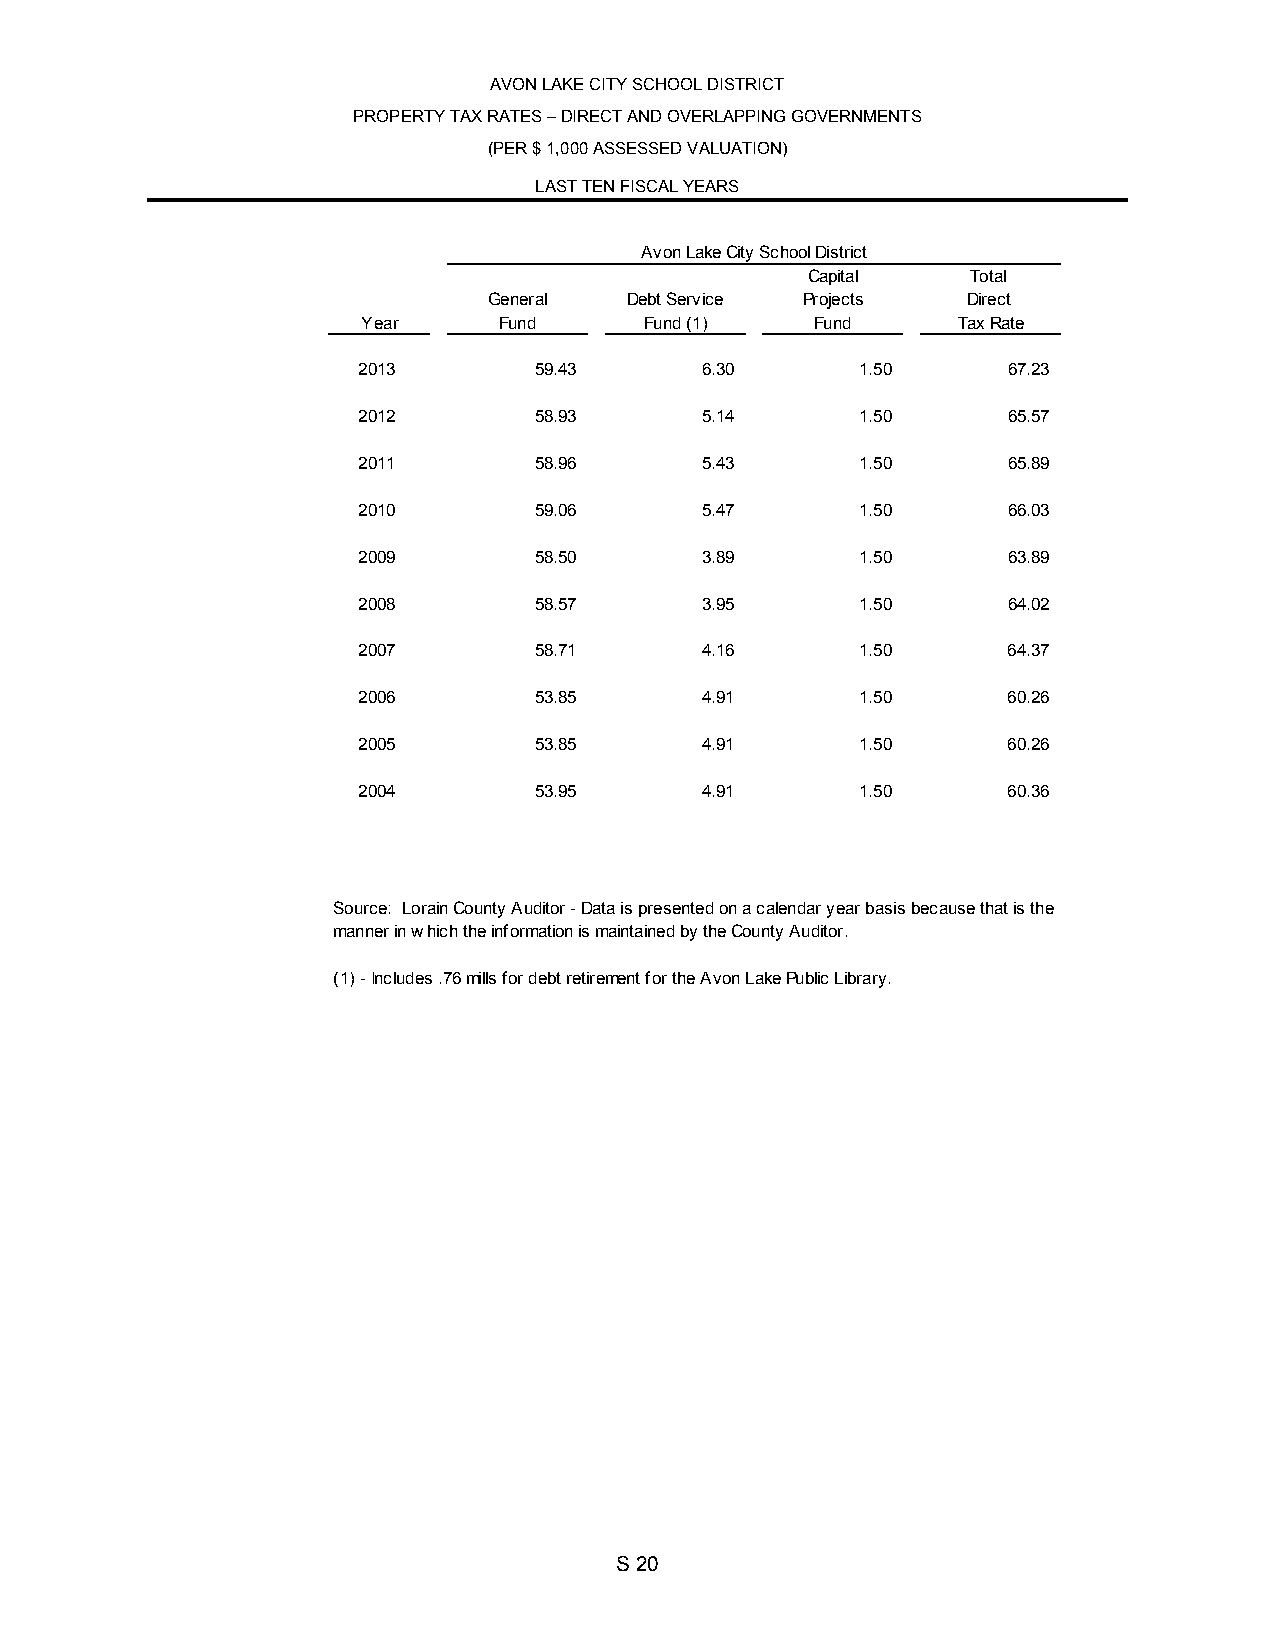
AVON LAKE CITY SCHOOL DISTRICT
 PROPERTY TAX RATES – DIRECT AND OVERLAPPING GOVERNMENTS
 (PER $ 1,000 ASSESSED VALUATION)
 LAST TEN FISCAL YEARS
 Avon Lake City School District
 Capital    Total
 General  Debt Service Projects  Direct
 Year     Fund      Fund (1)   Fund     Tax Rate
 2013       59.43      6.30       1.50      67.23
 2012       58.93      5.14       1.50      65.57
 2011       58.96      5.43       1.50      65.89
 2010       5 9.06     5 .47      1 .50     66.03
 2009       5 8.50     3 .89      1 .50     63.89
 2008       5 8.57     3 .95      1 .50     64.02
 2007       5 8.71     4 .16      1 .50     64.37
 2006       5 3.85     4 .91      1 .50     60.26
 2005       5 3.85     4 .91      1 .50     60.26
 2004       5 3.95     4 .91      1 .50     60.36
 Source: Lorain County Auditor - Data is presented on a calendar year basis because that is the
 manner in which the information is maintained by the County Auditor.
 (1) - Includes .76 mills for debt retirement for the Avon Lake Public Library.
 S 20